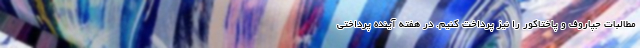
مطالبات جپاروف و پاختاکور را نیز پرداخت کنیم. در هفته آینده پرداختی